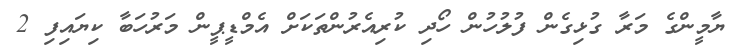
ޔާމީންގެ މަރާ ގުޅިގެން ފުލުހުން ހޯދި ކުރިއެރުންތަކަށް އެމްޑީޕީން މަރުހަބާ ކިޔައިފި 2